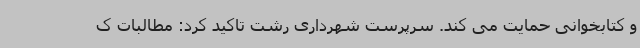
و کتابخوانی حمایت می کند. سرپرست شهرداری رشت تاکید کرد: مطالبات ک